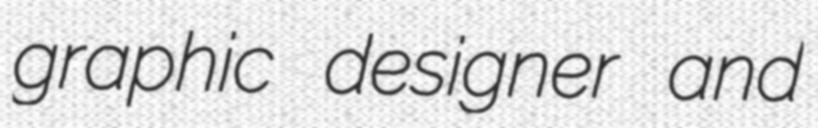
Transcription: graphic designer and